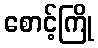
စောင့်ကြို